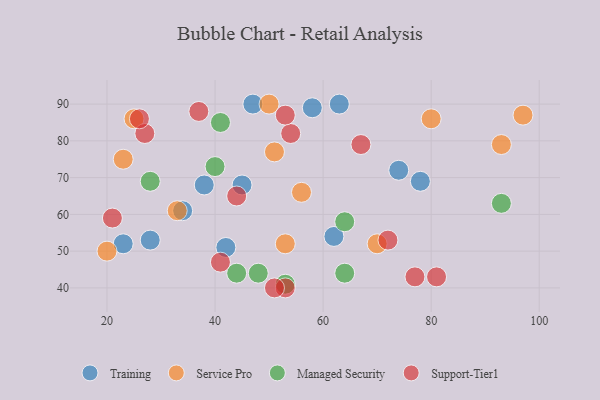
{"axis": {"x": "GDP", "y": "Life Expectancy"}, "legend": ["Managed Security", "Service Pro", "Support-Tier1", "Training"], "data": [{"x": "28", "y": 53, "type": "Training"}, {"x": "23", "y": 52, "type": "Training"}, {"x": "42", "y": 51, "type": "Training"}, {"x": "62", "y": 54, "type": "Training"}, {"x": "45", "y": 68, "type": "Training"}, {"x": "74", "y": 72, "type": "Training"}, {"x": "58", "y": 89, "type": "Training"}, {"x": "47", "y": 90, "type": "Training"}, {"x": "38", "y": 68, "type": "Training"}, {"x": "34", "y": 61, "type": "Training"}, {"x": "63", "y": 90, "type": "Training"}, {"x": "78", "y": 69, "type": "Training"}, {"x": "23", "y": 75, "type": "Service Pro"}, {"x": "20", "y": 50, "type": "Service Pro"}, {"x": "25", "y": 86, "type": "Service Pro"}, {"x": "33", "y": 61, "type": "Service Pro"}, {"x": "51", "y": 77, "type": "Service Pro"}, {"x": "56", "y": 66, "type": "Service Pro"}, {"x": "97", "y": 87, "type": "Service Pro"}, {"x": "70", "y": 52, "type": "Service Pro"}, {"x": "53", "y": 52, "type": "Service Pro"}, {"x": "80", "y": 86, "type": "Service Pro"}, {"x": "93", "y": 79, "type": "Service Pro"}, {"x": "50", "y": 90, "type": "Service Pro"}, {"x": "48", "y": 44, "type": "Managed Security"}, {"x": "93", "y": 63, "type": "Managed Security"}, {"x": "44", "y": 44, "type": "Managed Security"}, {"x": "40", "y": 73, "type": "Managed Security"}, {"x": "28", "y": 69, "type": "Managed Security"}, {"x": "64", "y": 44, "type": "Managed Security"}, {"x": "53", "y": 41, "type": "Managed Security"}, {"x": "41", "y": 85, "type": "Managed Security"}, {"x": "64", "y": 58, "type": "Managed Security"}, {"x": "53", "y": 40, "type": "Support-Tier1"}, {"x": "81", "y": 43, "type": "Support-Tier1"}, {"x": "54", "y": 82, "type": "Support-Tier1"}, {"x": "21", "y": 59, "type": "Support-Tier1"}, {"x": "41", "y": 47, "type": "Support-Tier1"}, {"x": "53", "y": 87, "type": "Support-Tier1"}, {"x": "27", "y": 82, "type": "Support-Tier1"}, {"x": "37", "y": 88, "type": "Support-Tier1"}, {"x": "26", "y": 86, "type": "Support-Tier1"}, {"x": "77", "y": 43, "type": "Support-Tier1"}, {"x": "51", "y": 40, "type": "Support-Tier1"}, {"x": "72", "y": 53, "type": "Support-Tier1"}, {"x": "67", "y": 79, "type": "Support-Tier1"}, {"x": "44", "y": 65, "type": "Support-Tier1"}]}